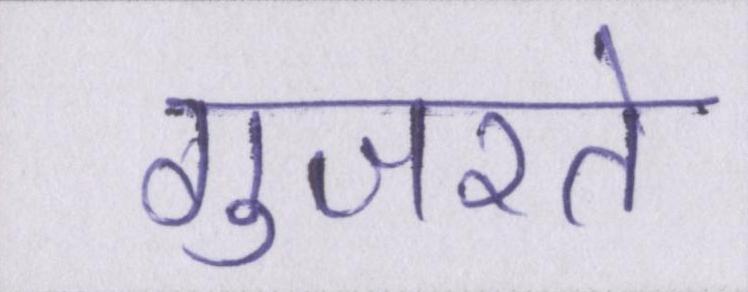
गुजरते